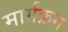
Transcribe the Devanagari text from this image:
मार्गक्रम